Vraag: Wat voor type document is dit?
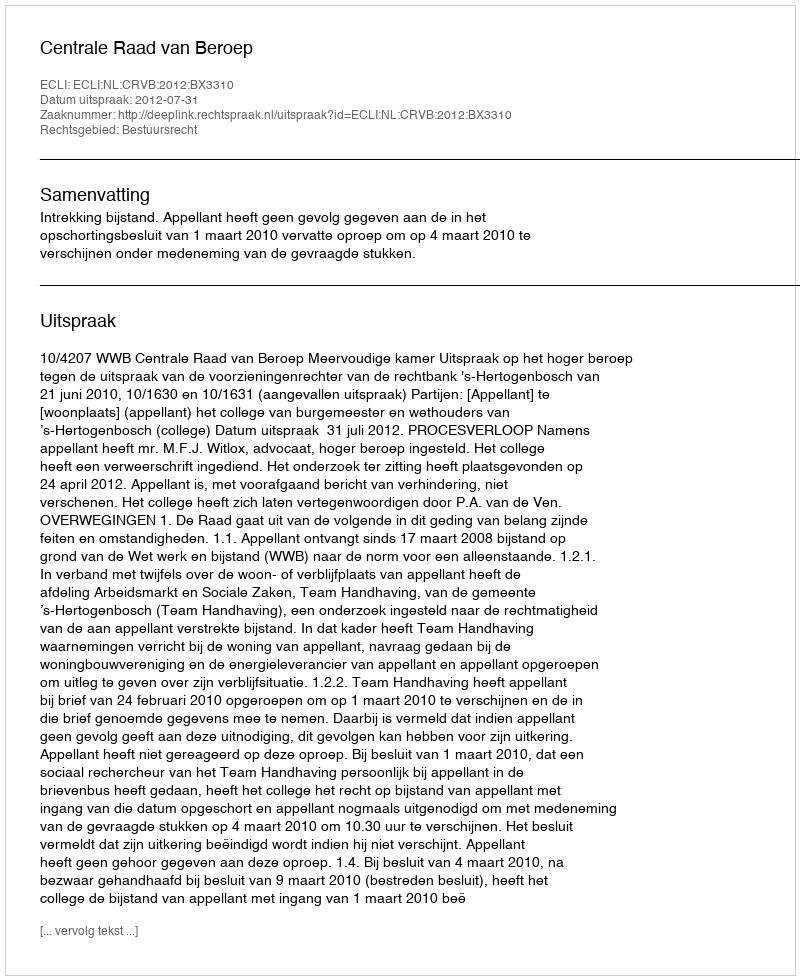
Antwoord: Uitspraak